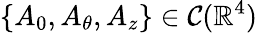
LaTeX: \{ A_{0},A_{\theta},A_{z}\} \in\mathcal{C}(\mathbb{R}^{4})